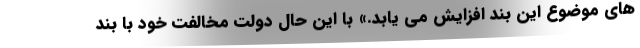
های موضوع این بند افزایش می یابد.» با این حال دولت مخالفت خود با بند